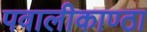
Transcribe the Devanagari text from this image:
पवालीकाण्ठा